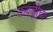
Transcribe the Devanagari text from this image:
कबड्डीचा